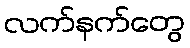
လက်နက်တွေ